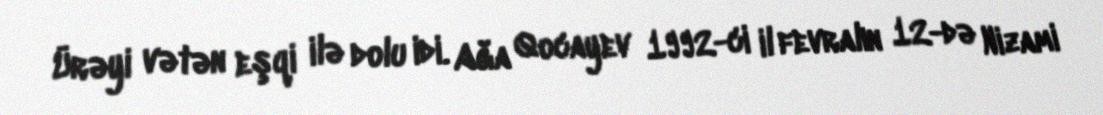
Ürəyi vətən eşqi ilə dolu idi. Ağa Qocayev 1992-ci il fevralın 12-də Nizami